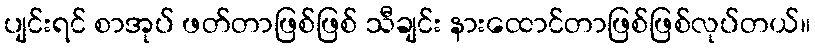
ပျင်းရင် စာအုပ် ဖတ်တာဖြစ်ဖြစ် သီချင်း နားထောင်တာဖြစ်ဖြစ်လုပ်တယ်။